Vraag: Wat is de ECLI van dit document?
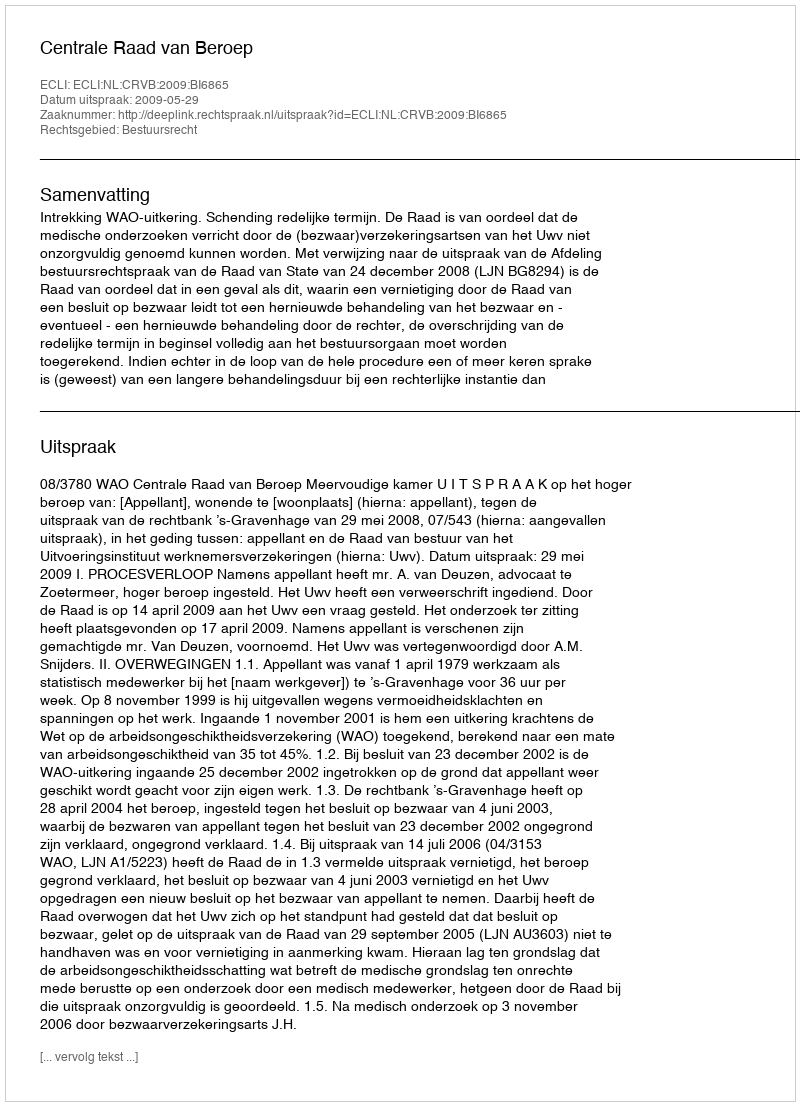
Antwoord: ECLI:NL:CRVB:2009:BI6865